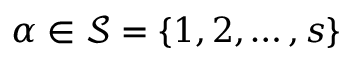
{ \alpha \in \mathcal S = \{ 1 , 2 , \dots , s \} }